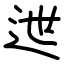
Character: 迣